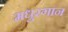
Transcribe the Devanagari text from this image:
मधुरगान